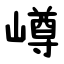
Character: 嶟